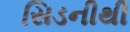
સિડનીથી